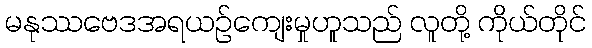
မနုဿဗေဒအရယဉ်ကျေးမှုဟူသည် လူတို့ ကိုယ်တိုင်